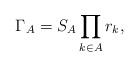
LaTeX: \begin{align*}\Gamma_{A}=S_{A}\prod_{k\in A}r_{k},\end{align*}